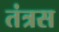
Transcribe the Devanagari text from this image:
तंत्रस